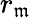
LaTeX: r_{\mathfrak{m}}